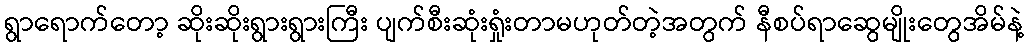
ရွာရောက်တော့ ဆိုးဆိုးရွားရွားကြီး ပျက်စီးဆုံးရှုံးတာမဟုတ်တဲ့အတွက် နီစပ်ရာဆွေမျိုးတွေအိမ်နဲ့